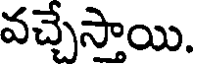
వచ్చేస్తాయి.